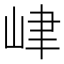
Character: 峍